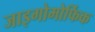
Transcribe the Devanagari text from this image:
जाइगोमोर्फिक